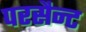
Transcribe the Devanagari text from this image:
परसैन्ट